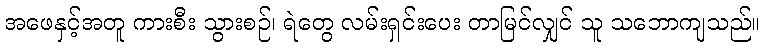
အဖေနှင့်အတူ ကားစီး သွားစဉ်၊ ရဲတွေ လမ်းရှင်းပေး တာမြင်လျှင် သူ သဘောကျသည်။